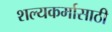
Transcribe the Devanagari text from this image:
शल्यकर्मासाठी